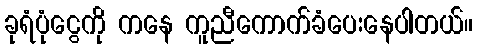
ခုရံပုံငွေကို ကနေ ကူညီကောက်ခံပေးနေပါတယ်။